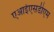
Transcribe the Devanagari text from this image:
एआईएसडीएम